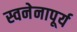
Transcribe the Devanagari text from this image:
स्वनेनापूर्य